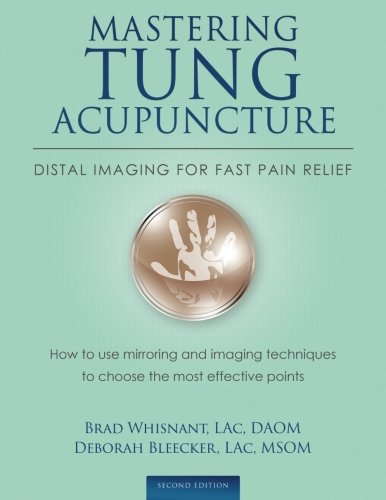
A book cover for Mastering Tung Acupuncture - Distal Imaging for Fast Pain Relief: 2nd Edition; Brad Whisnant; Health, Fitness & Dieting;